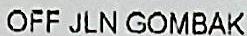
OFF JLN GOMBAK